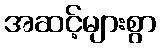
အဆင့်များစွာ